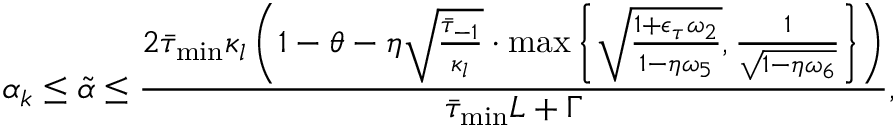
\alpha _ { k } \leq \tilde { \alpha } \leq \frac { 2 \bar { \tau } _ { \operatorname* { m i n } } \kappa _ { l } \left( 1 - \theta - \eta \sqrt { \frac { \bar { \tau } _ { - 1 } } { \kappa _ { l } } } \cdot \operatorname* { m a x } \left\{ \sqrt { \frac { 1 + \epsilon _ { \tau } \omega _ { 2 } } { 1 - \eta \omega _ { 5 } } } , \frac { 1 } { \sqrt { 1 - \eta \omega _ { 6 } } } \right\} \right) } { \bar { \tau } _ { \operatorname* { m i n } } L + \Gamma } ,